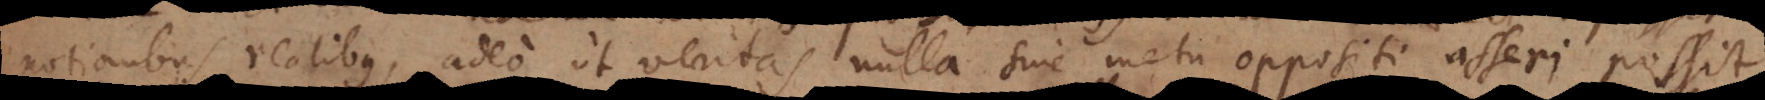
notionibus realibus, adeo ut veritas nulla sine metu oppositi asseri possit